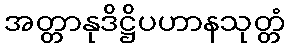
အတ္တာနုဒိဋ္ဌိပဟာနသုတ္တံ